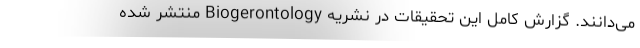
می‌دانند. گزارش کامل این تحقیقات در نشریه Biogerontology منتشر شده